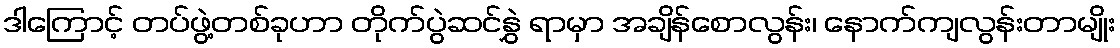
ဒါကြောင့် တပ်ဖွဲ့တစ်ခုဟာ တိုက်ပွဲဆင်နွှဲ ရာမှာ အချိန်စောလွန်း၊ နောက်ကျလွန်းတာမျိုး